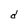
Character: d